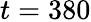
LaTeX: t=380